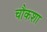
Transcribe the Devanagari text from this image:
चौकशा